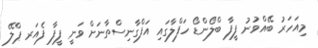
މިއަހަރު ބޭއްވުނު ފީފާ ބްލޯންޑޯ ހަފްލާގައި އަފްގާނިސްތާނަށް ވަނީ ފީފާ ފެއަރ ޕްލޭ